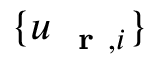
\{ u _ { \mathrm { ~ \bf ~ r ~ } , i } \}